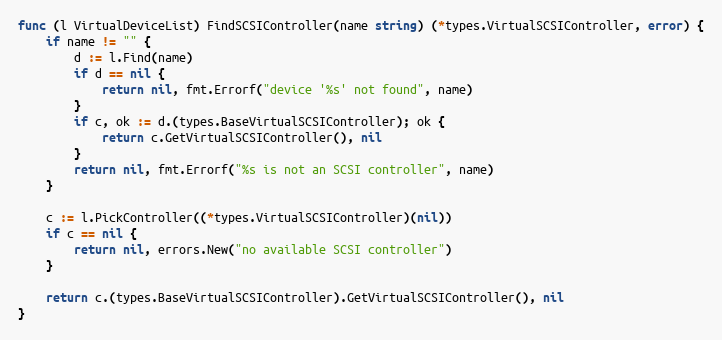
Language: Go
func (l VirtualDeviceList) FindSCSIController(name string) (*types.VirtualSCSIController, error) {
	if name != "" {
		d := l.Find(name)
		if d == nil {
			return nil, fmt.Errorf("device '%s' not found", name)
		}
		if c, ok := d.(types.BaseVirtualSCSIController); ok {
			return c.GetVirtualSCSIController(), nil
		}
		return nil, fmt.Errorf("%s is not an SCSI controller", name)
	}

	c := l.PickController((*types.VirtualSCSIController)(nil))
	if c == nil {
		return nil, errors.New("no available SCSI controller")
	}

	return c.(types.BaseVirtualSCSIController).GetVirtualSCSIController(), nil
}